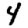
Digit: 4